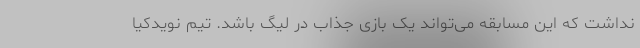
نداشت که این مسابقه می‌تواند یک بازی جذاب در لیگ باشد. تیم نویدکیا